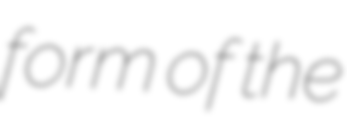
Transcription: form of the